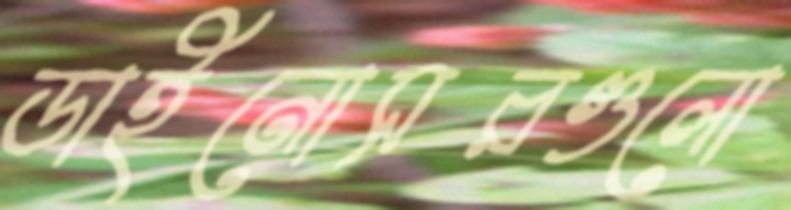
ডাইনোসরগুলো